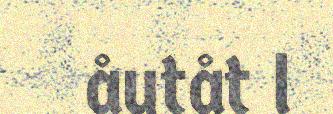
åutåt l